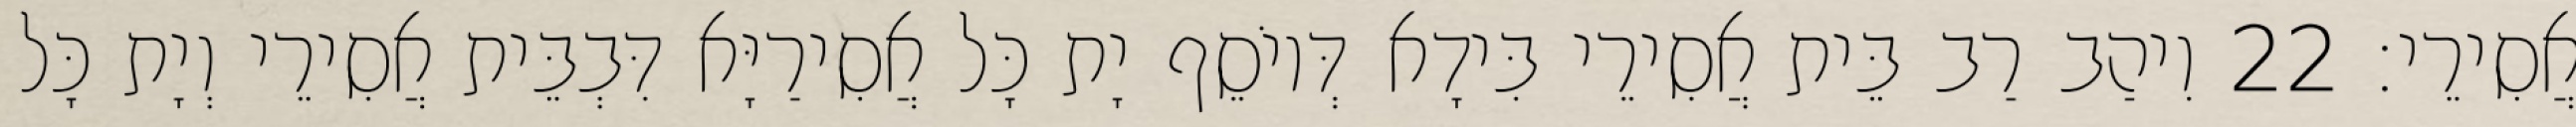
אֲסִירֵי׃ 22 וִיהַב רַב בֵּית אֲסִירֵי בִּידָא דְּיוֹסֵף יָת כָּל אֲסִירַיָּא דִּבְבֵּית אֲסִירֵי וְיָת כָּל